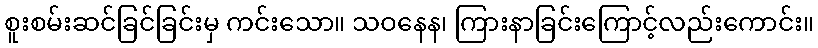
စူးစမ်းဆင်ခြင်ခြင်းမှ ကင်းသော။ သဝနေန၊ ကြားနာခြင်းကြောင့်လည်းကောင်း။